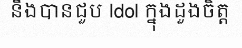
នឹងបានជួប Idol ក្នុងដួងចិត្ត